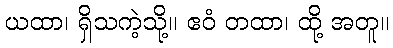
ယထာ၊ ရှိသကဲ့သို့။ ဧဝံ တထာ၊ ထို့ အတူ။